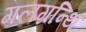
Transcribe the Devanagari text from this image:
गलग्रन्थि